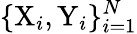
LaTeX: \{ \mathrm{X}_{i},\mathrm{Y}_{i}\} _{i=1}^{N}